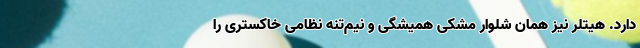
دارد. هیتلر نیز همان شلوار مشکی همیشگی و نیم‌تنه نظامی خاکستری را